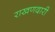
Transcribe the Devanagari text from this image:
राखणदारी